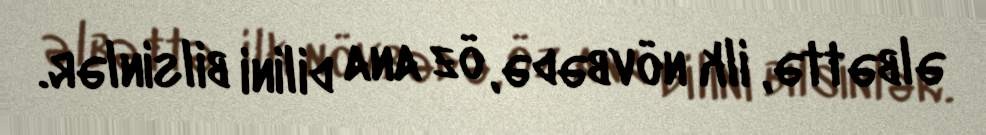
əlbəttə, ilk növbədə, öz ana dilini bilsinlər.